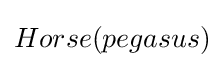
Horse(pegasus)